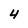
Character: 4